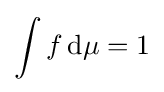
\int f\,{\text{d}}\mu =1